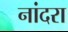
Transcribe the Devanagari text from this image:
नांदरा